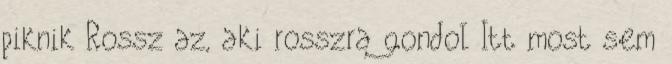
piknik Rossz az, aki rosszra gondol Itt most sem